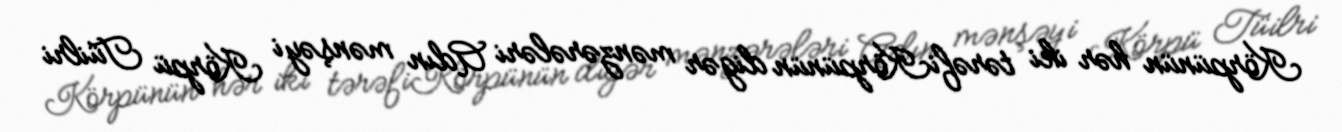
Körpünün hər iki tərəfiKörpünün digər mənzərələri Adın mənşəyi Körpü Tüilri